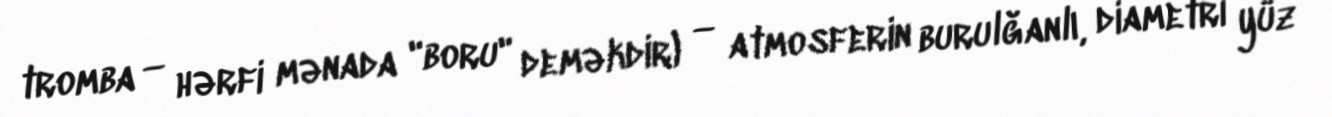
tromba — hərfi mənada "boru" deməkdir) — atmosferin burulğanlı, diametri yüz